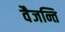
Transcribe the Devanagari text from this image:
वैजन्ति